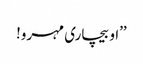
’’او بیچاری مہرو!